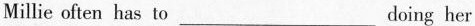
Millie often has to___doing her